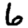
Digit: 6